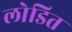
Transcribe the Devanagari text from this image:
लोडित